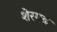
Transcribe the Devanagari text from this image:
शेरगढ